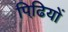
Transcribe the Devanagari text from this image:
पिढि़यों